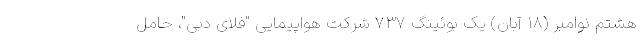
هشتم نوامبر (۱۸ آبان) یک بوئینگ ۷۳۷ شرکت هواپیمایی "فلای دبی"، حامل